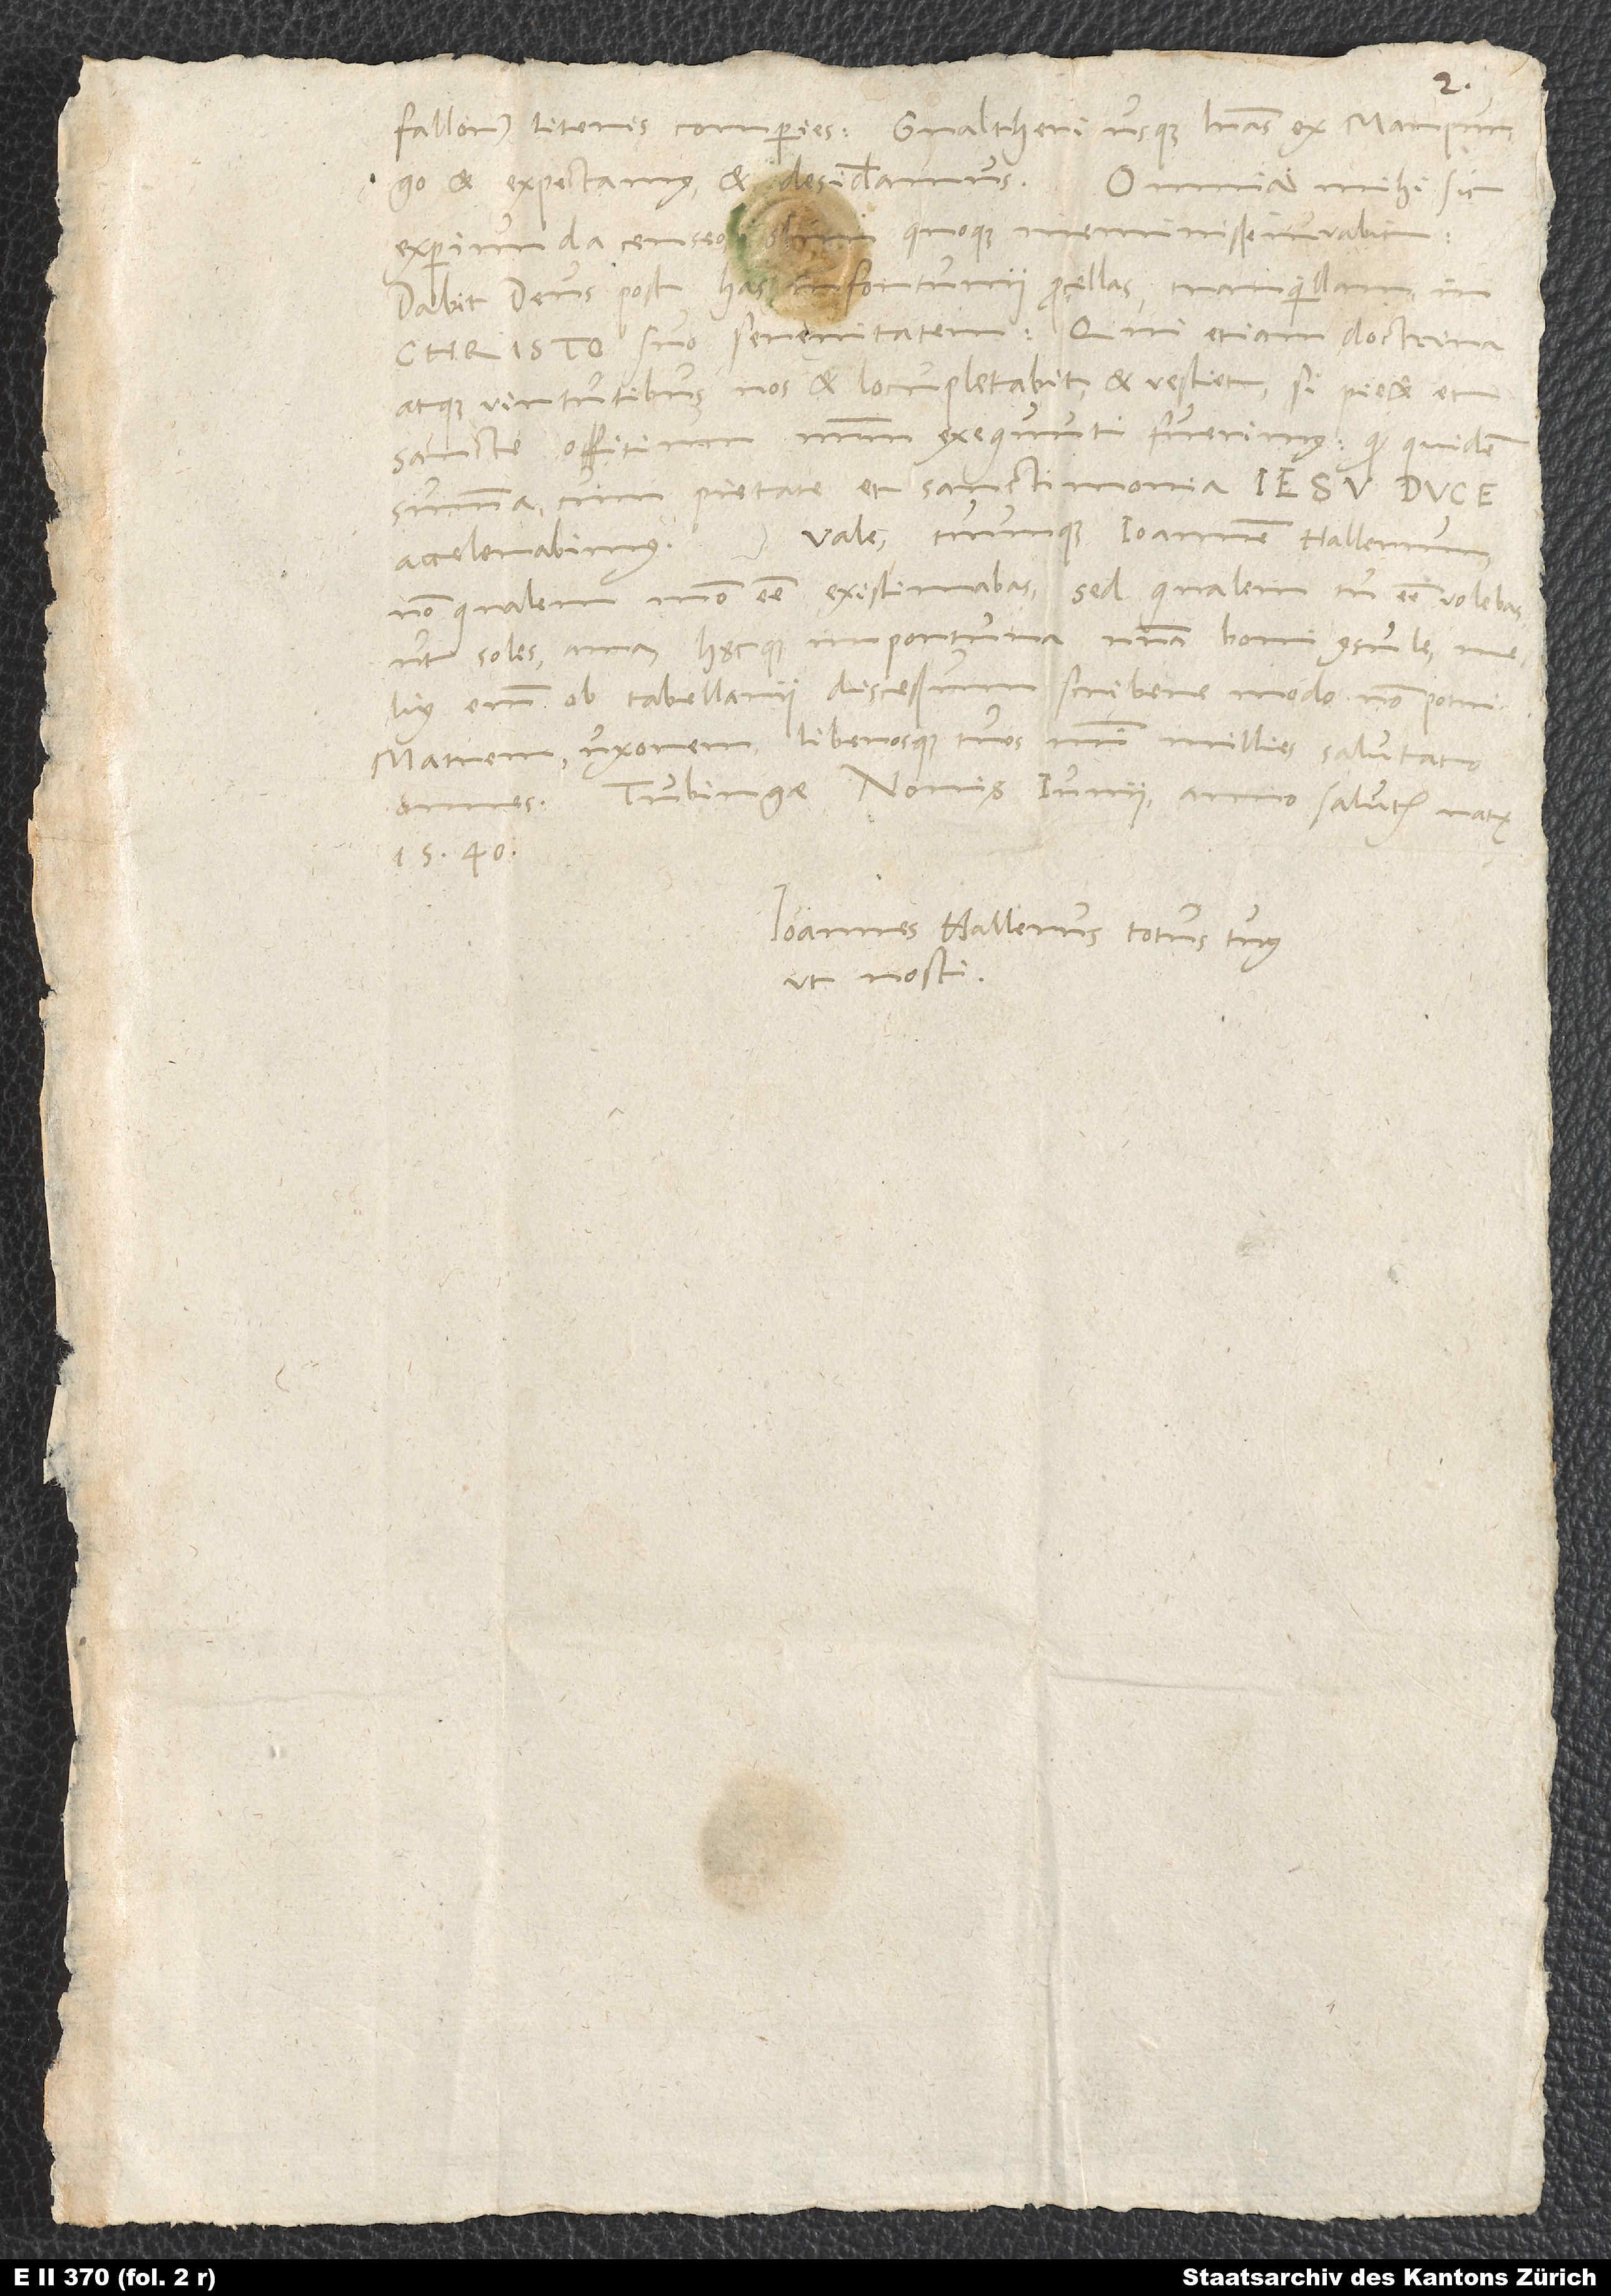
fallor) literis comperies. Gvaltheri usque literas ex Marpurgo
et expectamus et desideramus. Omnia mihi sic
experiunda censeo; olim quoque meminisse iuvabit.
Dabit deus post has infortunii procellas tranquillam in
Christo suo serenitatem. Qui etiam doctrina
atque virtutibus nos et locupletabit et vestiet, si pie et
sancte offitium nostrum exequuti fuerimus, quod quidem
summa cum pietate et sanctimonia Iesu duce
accelerabimus. Vale tuumque Ioannem Hallerum,
non qualem modo esse existimabas, sed qualem tu esse volebas,
ut soles, ama hęcque importuna nostra boni consulas; melius
enim ob tabellarii discessum scribere modo non potui.
Matrem, uxorem liberosque tuos mihi millies salutato
omnes. Tubingae, nonis iunii anno salutis natę
1540.
Ioannes Hallerus totus tuus,
ut nosti.